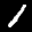
Label: 1